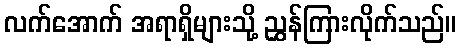
လက်အောက် အရာရှိများသို့ ညွှန်ကြားလိုက်သည်။